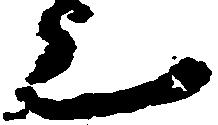
上